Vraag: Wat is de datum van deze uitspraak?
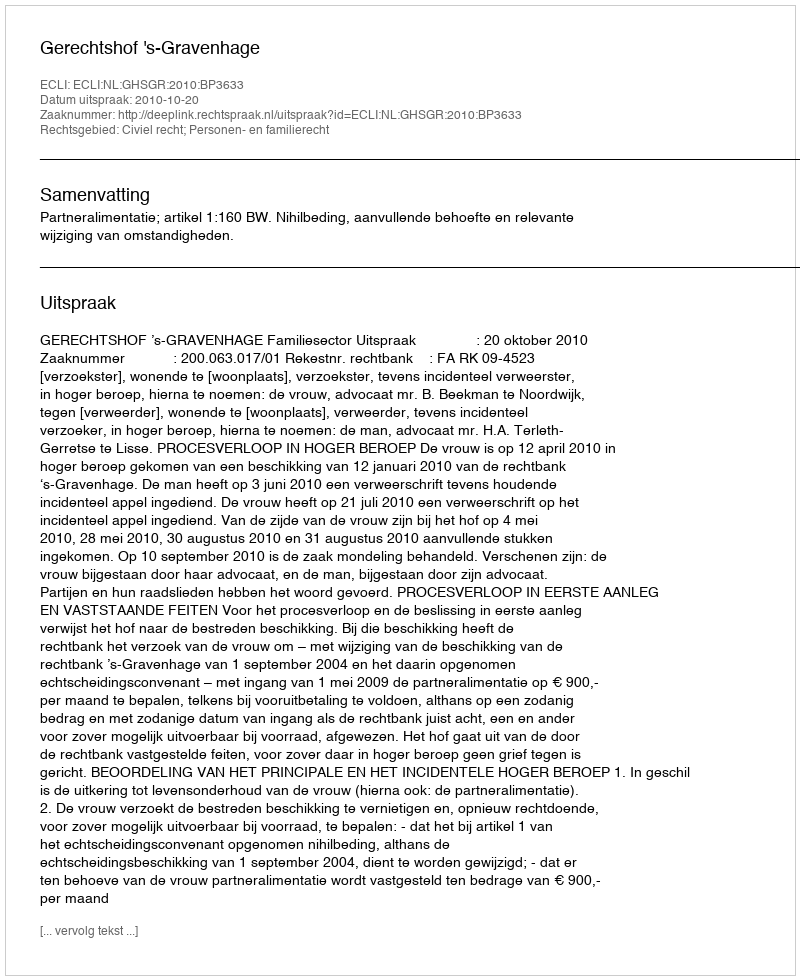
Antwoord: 2010-10-20